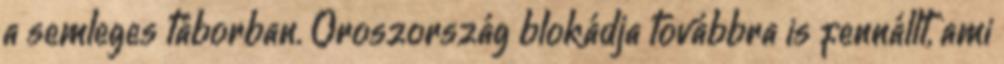
a semleges táborban. Oroszország blokádja továbbra is fennállt, ami